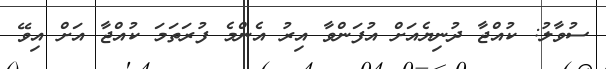
ސުވާލު: ކުއްޖާ ދުނިޔެއަށް އުފަންވާ އިރު އެންމެ ފުރަތަމަ ކުއްޖާ އަށް އިވޭ